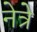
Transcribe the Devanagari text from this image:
नेत्रे